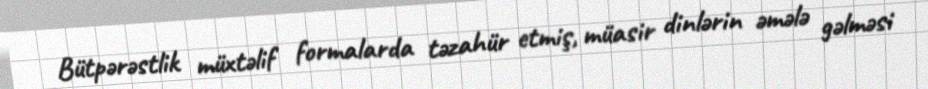
Bütpərəstlik müxtəlif formalarda təzahür etmiş, müasir dinlərin əmələ gəlməsi